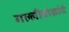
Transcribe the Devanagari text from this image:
गल्लीबोळांचे